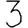
Digit: 3